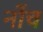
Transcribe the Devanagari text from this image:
नोंच